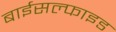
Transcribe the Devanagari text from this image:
बाईसल्फाइड